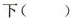
下（）